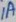
Text: 1A